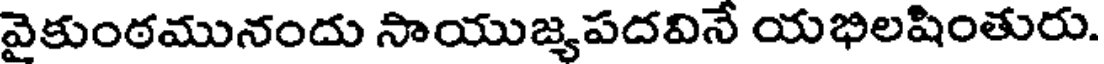
వైకుంఠమునందు సాయుజ్యపదవినే యభిలషింతురు.